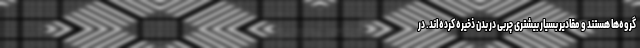
گروه‌ها هستند و مقادیر بسیار بیشتری چربی در بدن ذخیره کرده‌اند. در